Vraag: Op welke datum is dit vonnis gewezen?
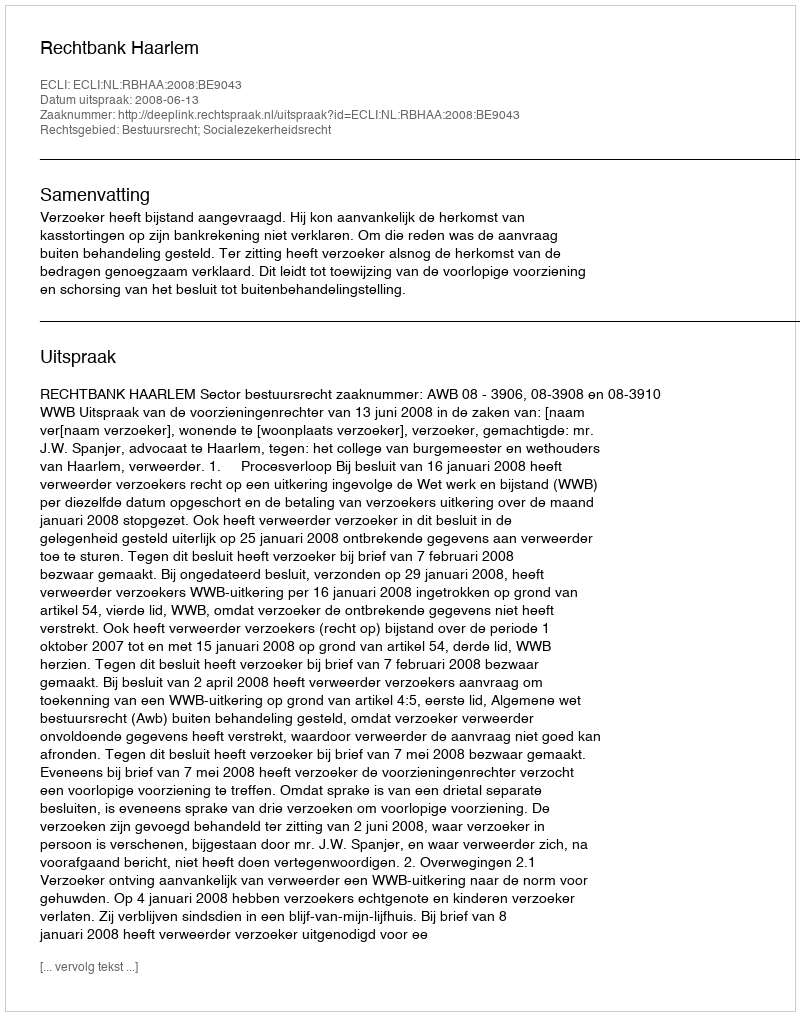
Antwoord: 2008-06-13